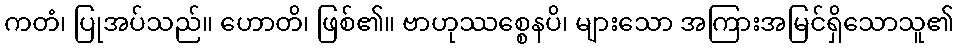
ကတံ၊ ပြုအပ်သည်။ ဟောတိ၊ ဖြစ်၏။ ဗာဟုဿစ္စေနပိ၊ များသော အကြားအမြင်ရှိသောသူ၏